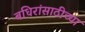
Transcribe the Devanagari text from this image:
बधिरांसाठीच्या